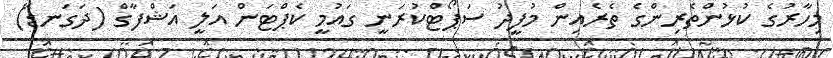
މިހާރުގެ ކުޅުންތެރިންގެ ތެރެއިން މުފީދު ސަޕޯޓްކުރަނީ ގައުމީ ކެޕްޓަން އަލީ އަޝްފާގް (ދަގަނޑޭ)